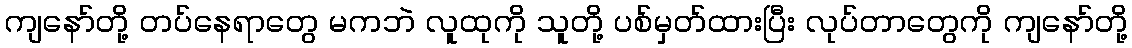
ကျနော်တို့ တပ်နေရာတွေ မကဘဲ လူထုကို သူတို့ ပစ်မှတ်ထားပြီး လုပ်တာတွေကို ကျနော်တို့